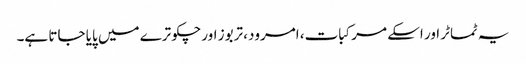
یہ ٹماٹر اور اسکے مرکبات، امرود، تربوز اور چکوترے میں پایا جاتا ہے۔